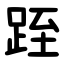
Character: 跮